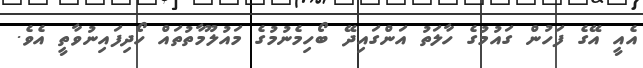
އެއީ އޭގެ ފަހުން ގައުމުގެ ހާލަތު އަންގައިދޭ ބޯހިމެނުމުގެ މައުލޫމާތުތައް ހޯދިފައިނުވާތީ އެވެ.